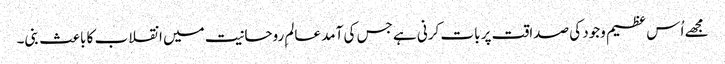
مجھے اُس عظیم وجود کی صداقت پر بات کرنی ہے جس کی آمد عالمِ روحانیت میں انقلاب کا باعث بنی۔